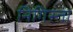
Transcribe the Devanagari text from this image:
निगिस्ता